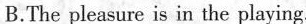
B.The pleasure is in the playing.